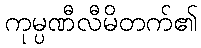
ကုမ္ပဏီလီမိတက်၏